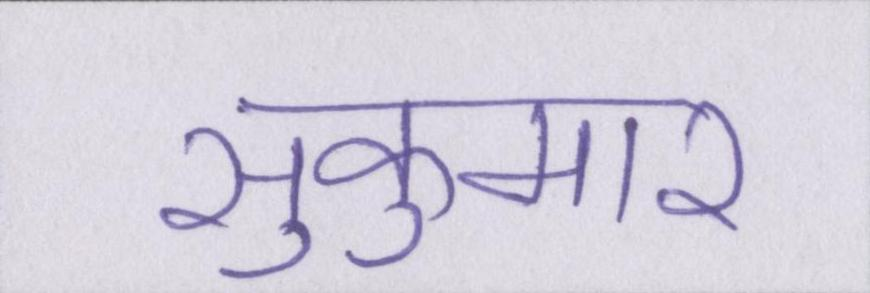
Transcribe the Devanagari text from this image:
सुकुमार